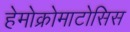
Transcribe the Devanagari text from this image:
हेमोक्रोमाटोसिस